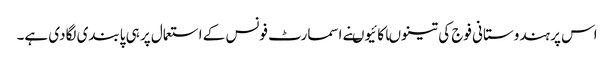
اس پر ہندوستانی فوج کی تینوںاکائیوںنے اسمارٹ فونس کے استعمال پر ہی پابندی لگادی ہے۔